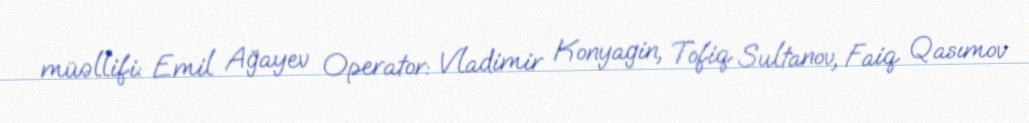
müəllifi: Emil Ağayev Operator: Vladimir Konyagin, Tofiq Sultanov, Faiq Qasımov